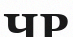
ЧР